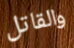
والقاتل